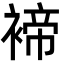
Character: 褅